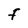
Character: F